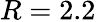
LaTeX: R=2.2